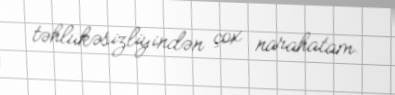
təhlükəsizliyindən çox narahatam.